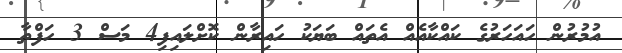
އުމުރުން ހައަހަރުގެ ކައްކާއެއް އެތައް ބަޔަކު ހައިރާން ކޮށްލައިފި4 މަސް 3 ހަފްތާ